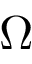
\Omega